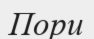
Пори